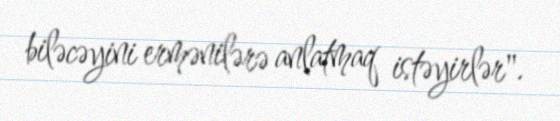
biləcəyini ermənilərə anlatmaq istəyirlər".